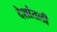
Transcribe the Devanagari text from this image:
देशांतली